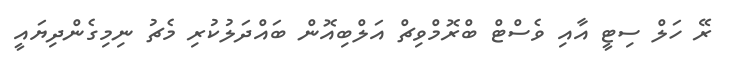
ރޭ ހަލް ސިޓީ އާއި ވެސްޓް ބްރޮމްވިޗް އަލްބިއޮން ބައްދަލުކުރި މެޗު ނިމިގެންދިޔައީ